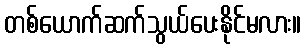
တစ်ယောက်ဆက်သွယ်ပေးနိုင်မလား။